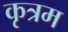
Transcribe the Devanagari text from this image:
कृत्रम